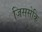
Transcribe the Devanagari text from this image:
जिससेकि